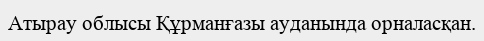
Атырау облысы Құрманғазы ауданында орналасқан.